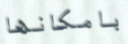
بامكانها